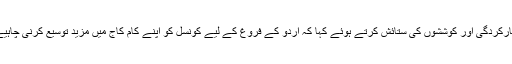
مسٹر جاؤڈیکر نے اردو کے فروغ کے لیے اردو کونسل کی کارکردگی اور کوششوں کی ستائش کرتے ہوئے کہا کہ اردو کے فروغ کے لیے کونسل کو اپنے کام کاج میں مزید توسیع کرنی چاہیے اور بچوں کو اردو پڑھنے کے لئے بھی راغب کرنا چاہیے ۔